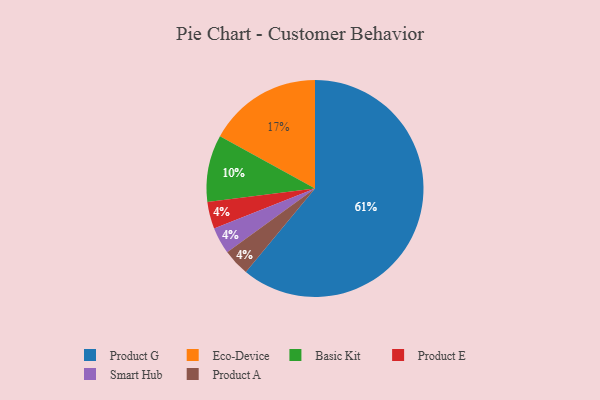
{"axis": {"x": "Category", "y": "Percentage"}, "legend": ["Basic Kit", "Eco-Device", "Product A", "Product E", "Product G", "Smart Hub"], "data": [{"x": "Product E", "y": 4, "type": "Product E"}, {"x": "Product G", "y": 61, "type": "Product G"}, {"x": "Smart Hub", "y": 4, "type": "Smart Hub"}, {"x": "Basic Kit", "y": 10, "type": "Basic Kit"}, {"x": "Product A", "y": 4, "type": "Product A"}, {"x": "Eco-Device", "y": 17, "type": "Eco-Device"}]}